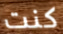
كنت